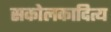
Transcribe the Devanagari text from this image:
सकोलकादित्य